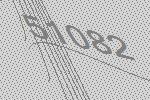
51082